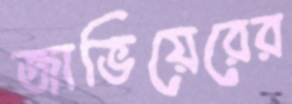
জাভিয়েরের